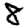
Digit: 8